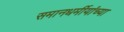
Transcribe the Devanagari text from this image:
समानधर्मीयांच्या